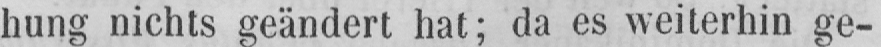
hung nichts geändert hat; da es weiterhin ge-